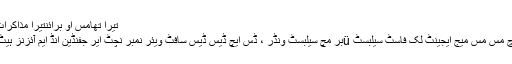
تیرا تھامس او برائنتیرا مذاکرات
اچ مس مس مِیج ایجینٹ لِک فاسٹ سیلبسٹ üبر مِچ سیلبسٹ ونڈر ، ڈس اِیچ ڈِیس ڈِیس سافٹ ویئر نمبر نِچٹ ایِر جِفِنڈین انڈ اِیم آئزنز ہیٹ۔